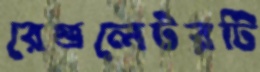
রেগুলেটরটি